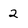
Character: 2